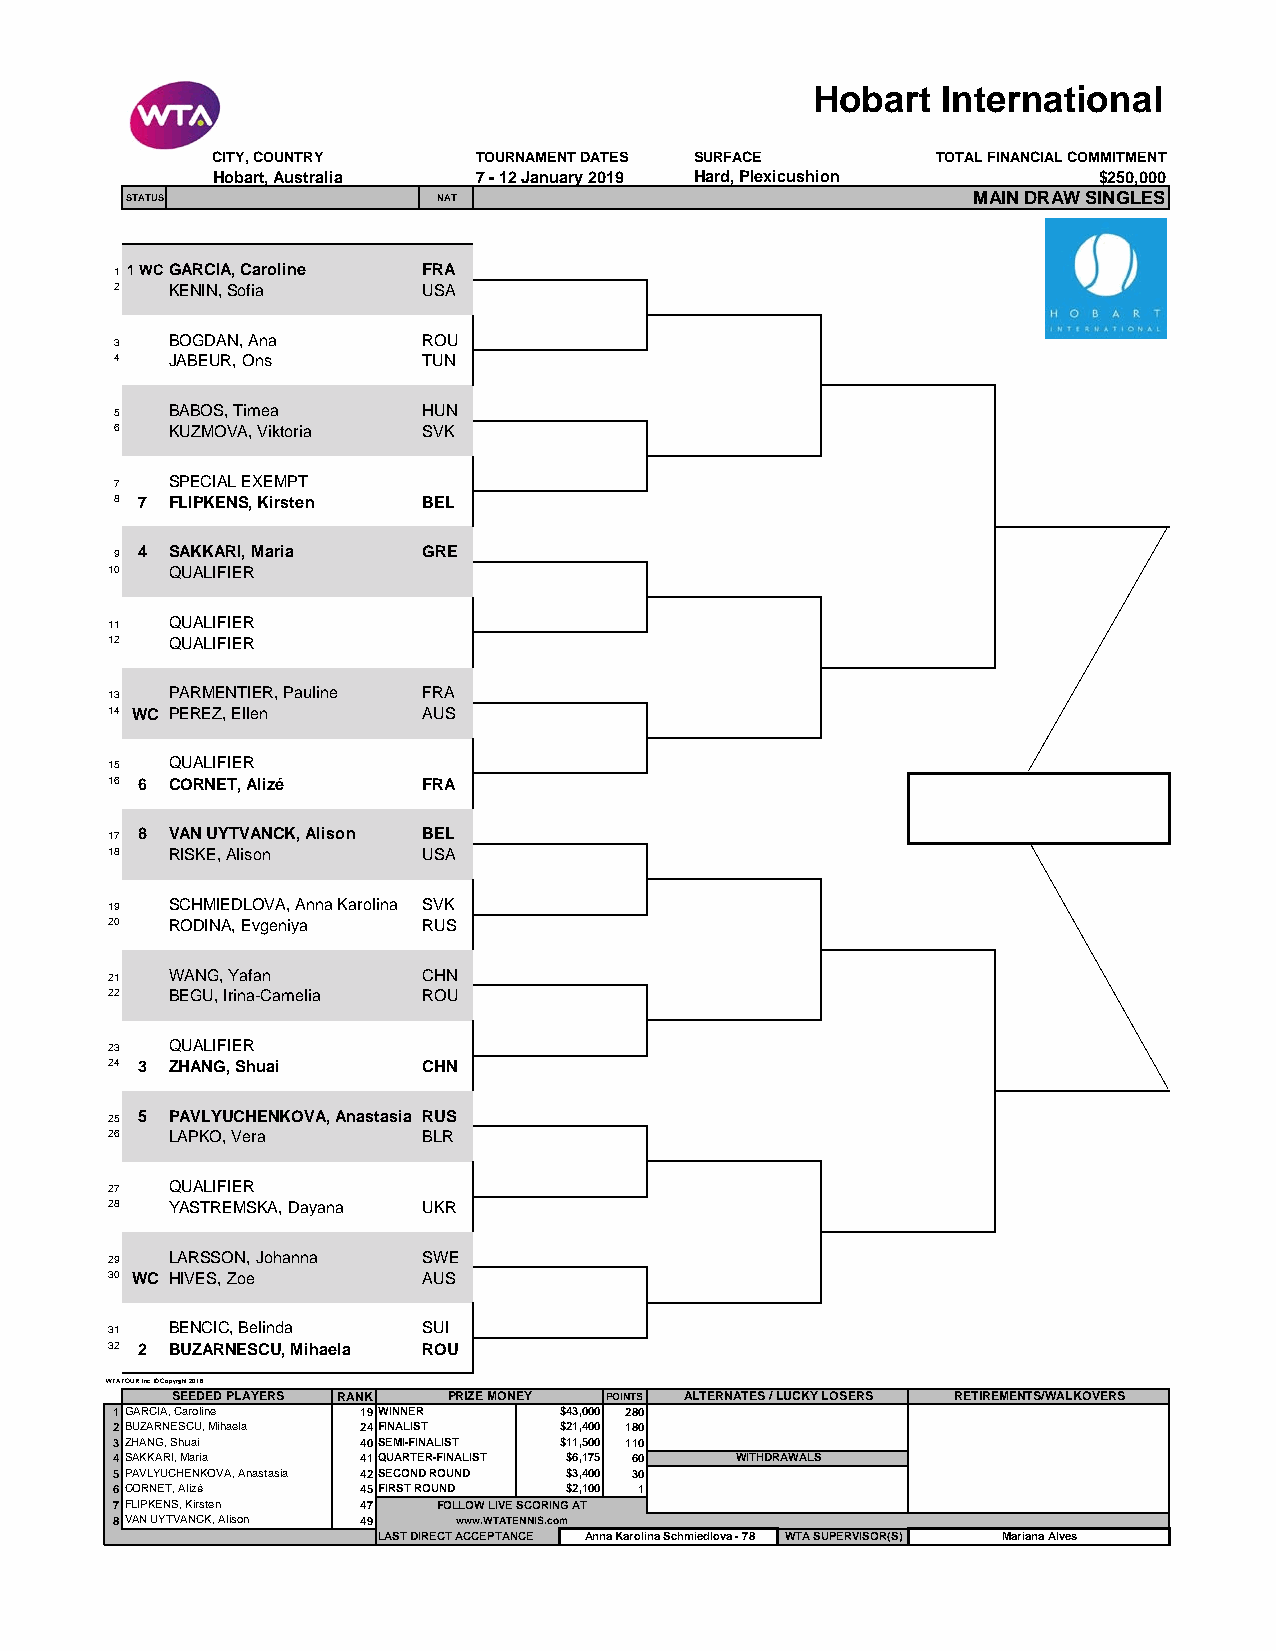
Hobart   International
 CITY, COUNTRY     TOURNAMENT DATES SURFACE      TOTAL FINANCIAL COMMITMENT
 Hobart, Australia 7 - 12 January 2019 Hard, Plexicushion   $250,000
 STATUS              NAT                                 MAIN DRAW SINGLES
 1 1 WCGARCIA, Caroline FRA
 2   KENIN, Sofia    USA
 3   BOGDAN, Ana     ROU
 4   JABEUR, Ons     TUN
 5   BABOS, Timea    HUN
 6   KUZMOVA, Viktoria SVK
 7   SPECIAL EXEMPT
 8 7 FLIPKENS, Kirsten BEL
 9 4 SAKKARI, Maria  GRE
 10  QUALIFIER
 11  QUALIFIER
 12  QUALIFIER
 13  PARMENTIER, Pauline FRA
 14 WC PEREZ, Ellen  AUS
 15  QUALIFIER
 16 6 CORNET, Alizé  FRA
 17 8 VAN UYTVANCK, Alison BEL
 18  RISKE, Alison   USA
 19  SCHMIEDLOVA, Anna Karolina SVK
 20  RODINA, Evgeniya RUS
 21  WANG, Yafan     CHN
 22  BEGU, Irina-Camelia ROU
 23  QUALIFIER
 24 3 ZHANG, Shuai   CHN
 25 5 PAVLYUCHENKOVA, Anastasia RUS
 26  LAPKO, Vera     BLR
 27  QUALIFIER
 28  YASTREMSKA, Dayana UKR
 29  LARSSON, Johanna SWE
 30 WC HIVES, Zoe    AUS
 31  BENCIC, Belinda SUI
 32 2 BUZARNESCU, Mihaela ROU
 WTA TOUR, Inc. © Copyright 2016
 SEEDED PLAYERS RANK PRIZE MONEY POINTS ALTERNATES / LUCKY LOSERS RETIREMENTS/WALKOVERS
 1GARCIA, Caroline 19WINNER   $43,000 280
 2BUZARNESCU, Mihaela 24FINALIST $21,400 180
 3ZHANG, Shuai   40SEMI-FINALIST $11,500 110
 4SAKKARI, Maria 41QUARTER-FINALIST $6,175 60 WITHDRAWALS
 5PAVLYUCHENKOVA, Anastasia 42SECOND ROUND $3,400 30
 6CORNET, Alizé  45FIRST ROUND $2,100 1
 7FLIPKENS, Kirsten 47 FOLLOW LIVE SCORING AT
 8VAN UYTVANCK, Alison 49 www.WTATENNIS.com
 LAST DIRECT ACCEPTANCE Anna Karolina Schmiedlova - 78 WTA SUPERVISOR(S) Mariana Alves